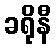
ခရိုနီ